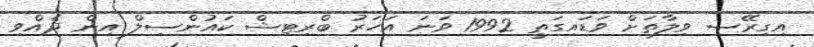
އިގިރޭސި ވިލާތަށް ވަޑައިގަތީ 1992 ވަނަ އަހަރު ބްރިޓިޝް ކައުންސިލް އިން ދެއްވި